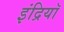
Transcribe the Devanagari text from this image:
इंद्रियॉ